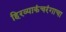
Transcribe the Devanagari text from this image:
हिरव्याकंचरंगाचा